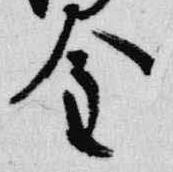
金